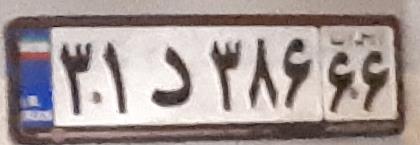
۳۱د۳۸۶۶۶